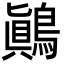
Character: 鷆